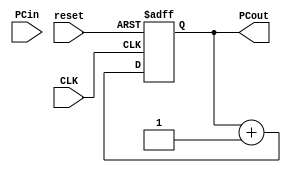
`timescale 1ns / 1ps

module ProgramCounter(
    input CLK,
    input reset,
    input [31:0] PCin,
    output reg [31:0] PCout
    );
    
always @(posedge CLK, posedge reset)
    begin
        if(reset)
            PCout <= 0;
        else
            PCout <= PCout + 1;
    end
endmodule